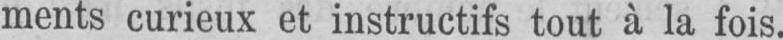
ments curieux et instructifs tout à la fois.